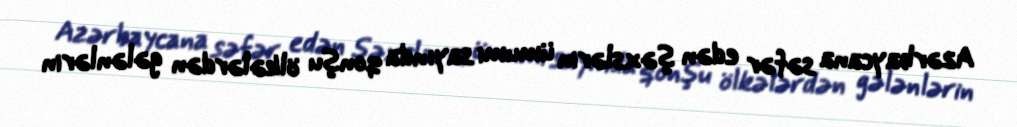
Azərbaycana səfər edən şəxslərin ümumi sayında qonşu ölkələrdən gələnlərin